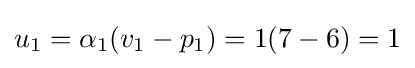
u_{1}=\alpha _{1}(v_{1}-p_{1})=1(7-6)=1